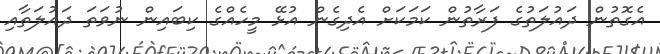
އެގޮތުން ދައުލަތުގެ ފަރާތުން ކަމަކަށް އެދިގެން އުޅޭ މީހެއްގެ ކިބައިން ނުވަތަ ދައުލަތާއި